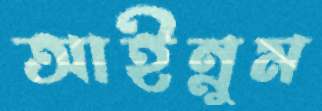
আইন্নুম